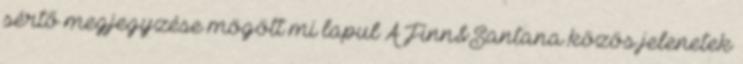
sértő megjegyzése mögött mi lapul A Finn&Santana közös jelenetek